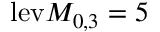
\mathrm { l e v } M _ { 0 , 3 } = 5